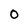
Character: 0